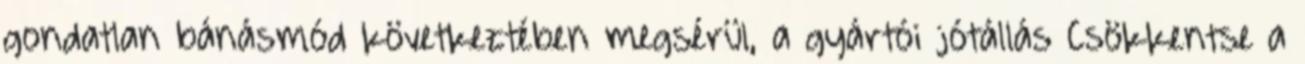
gondatlan bánásmód következtében megsérül, a gyártói jótállás Csökkentse a